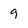
Character: 9